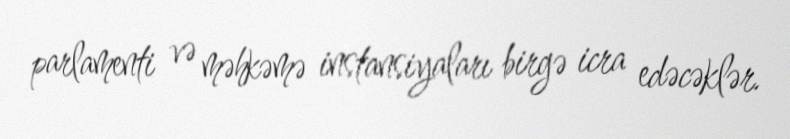
parlamenti və məhkəmə instansiyaları birgə icra edəcəklər.